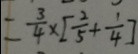
= \frac { 3 } { 4 } \times [ \frac { 2 } { 5 } + \frac { 1 } { 4 } ]